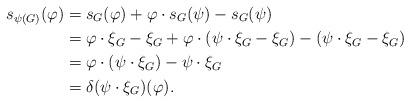
LaTeX: \begin{align*}s_{\psi(G)}(\varphi) &=s_G(\varphi)+\varphi \cdot s_G(\psi)-s_G(\psi) \\&= \varphi \cdot \xi_G-\xi_G +\varphi \cdot (\psi \cdot \xi_G -\xi_G)-(\psi \cdot \xi_G -\xi_G) \\&=\varphi \cdot (\psi \cdot \xi_G)-\psi \cdot \xi_G \\&=\delta (\psi \cdot \xi_G) (\varphi).\end{align*}